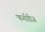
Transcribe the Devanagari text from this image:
फर्नाडीज